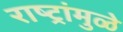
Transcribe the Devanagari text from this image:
राष्ट्रांमुळे